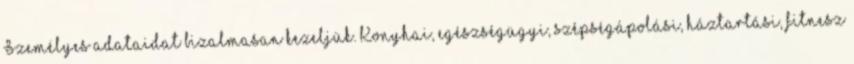
Személyes adataidat bizalmasan kezeljük. Konyhai, egészségügyi, szépségápolási, háztartási, fitnesz